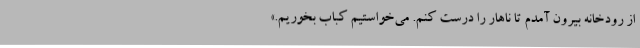
از رودخانه بیرون آمدم تا ناهار را درست کنم. می‌خواستیم کباب بخوریم.»